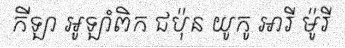
កីឡា អូឡាំពិក ជប៉ុន យូកូ អារី ម៉ូរី